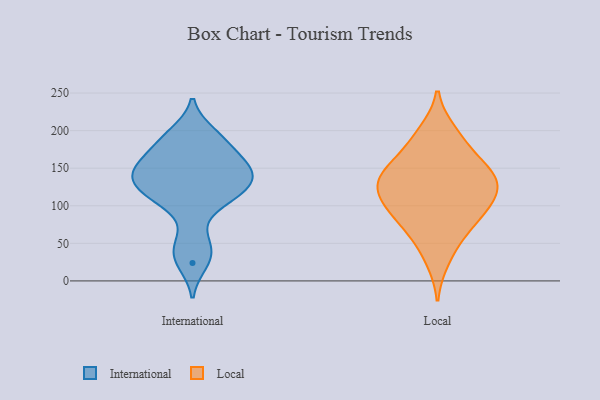
{"axis": {"x": "Satisfaction Score", "y": "Value"}, "legend": ["International", "Local"], "data": [{"x": "", "y": 185, "type": "International"}, {"x": "", "y": 189, "type": "International"}, {"x": "", "y": 155, "type": "International"}, {"x": "", "y": 135, "type": "International"}, {"x": "", "y": 123, "type": "International"}, {"x": "", "y": 142, "type": "International"}, {"x": "", "y": 144, "type": "International"}, {"x": "", "y": 24, "type": "International"}, {"x": "", "y": 53, "type": "International"}, {"x": "", "y": 118, "type": "International"}, {"x": "", "y": 161, "type": "International"}, {"x": "", "y": 132, "type": "International"}, {"x": "", "y": 104, "type": "International"}, {"x": "", "y": 37, "type": "International"}, {"x": "", "y": 108, "type": "International"}, {"x": "", "y": 158, "type": "International"}, {"x": "", "y": 196, "type": "International"}, {"x": "", "y": 80, "type": "Local"}, {"x": "", "y": 83, "type": "Local"}, {"x": "", "y": 147, "type": "Local"}, {"x": "", "y": 143, "type": "Local"}, {"x": "", "y": 111, "type": "Local"}, {"x": "", "y": 28, "type": "Local"}, {"x": "", "y": 141, "type": "Local"}, {"x": "", "y": 198, "type": "Local"}, {"x": "", "y": 54, "type": "Local"}, {"x": "", "y": 106, "type": "Local"}, {"x": "", "y": 175, "type": "Local"}, {"x": "", "y": 79, "type": "Local"}, {"x": "", "y": 192, "type": "Local"}, {"x": "", "y": 122, "type": "Local"}, {"x": "", "y": 140, "type": "Local"}, {"x": "", "y": 119, "type": "Local"}, {"x": "", "y": 148, "type": "Local"}, {"x": "", "y": 109, "type": "Local"}]}